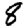
Digit: 8